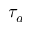
\tau _ { a }